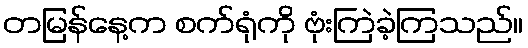
တမြန်နေ့က စက်ရုံကို ဗုံးကြဲခဲ့ကြသည်။